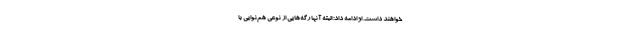
خواهند داشت. او ادامه داد: البته آنها رگه‌هایی از نوعی هم‌نوایی با